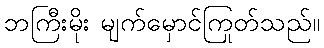
ဘကြီးမိုး မျက်မှောင်ကြုတ်သည်။